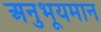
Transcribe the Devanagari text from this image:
अनुभूयमान